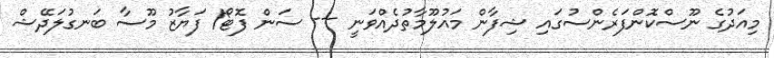
މިއަދުގެ ނޫސްކޮންފަރެންސުގައި ޝިފާން މައުލޫމާތުދެއްވަނީ --- ސަން ފޮޓޯ/ ފަޔާޒު މޫސާ ބަނގުލަދޭޝް